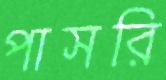
পাসরি